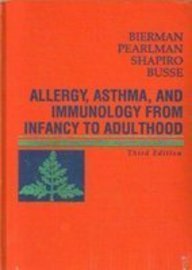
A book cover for Allergy, Asthma, and Immunology from Infancy to Adulthood, 3e; C. Warren Bierman MD; Health, Fitness & Dieting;